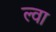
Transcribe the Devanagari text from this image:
ल्वा